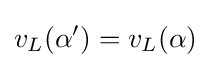
v_{L}(\alpha ')=v_{L}(\alpha )